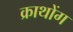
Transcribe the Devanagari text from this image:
क्राथोंग